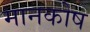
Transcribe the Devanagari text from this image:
मानकोष